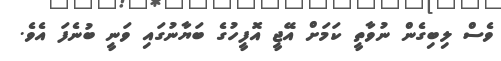
ވެސް ލިބިގެން ނުވާތީ ކަމަށް އޭޖީ އޮފީހުގެ ބަޔާނުގައި ވަނީ ބުނެފަ އެވެ.